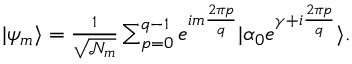
\begin{array} { r } { | \psi _ { m } \rangle = \frac { 1 } { \sqrt { \mathcal { N } _ { m } } } \sum _ { p = 0 } ^ { q - 1 } e ^ { i m \frac { 2 \pi p } { q } } | \alpha _ { 0 } e ^ { \gamma + i \frac { 2 \pi p } { q } } \rangle . } \end{array}